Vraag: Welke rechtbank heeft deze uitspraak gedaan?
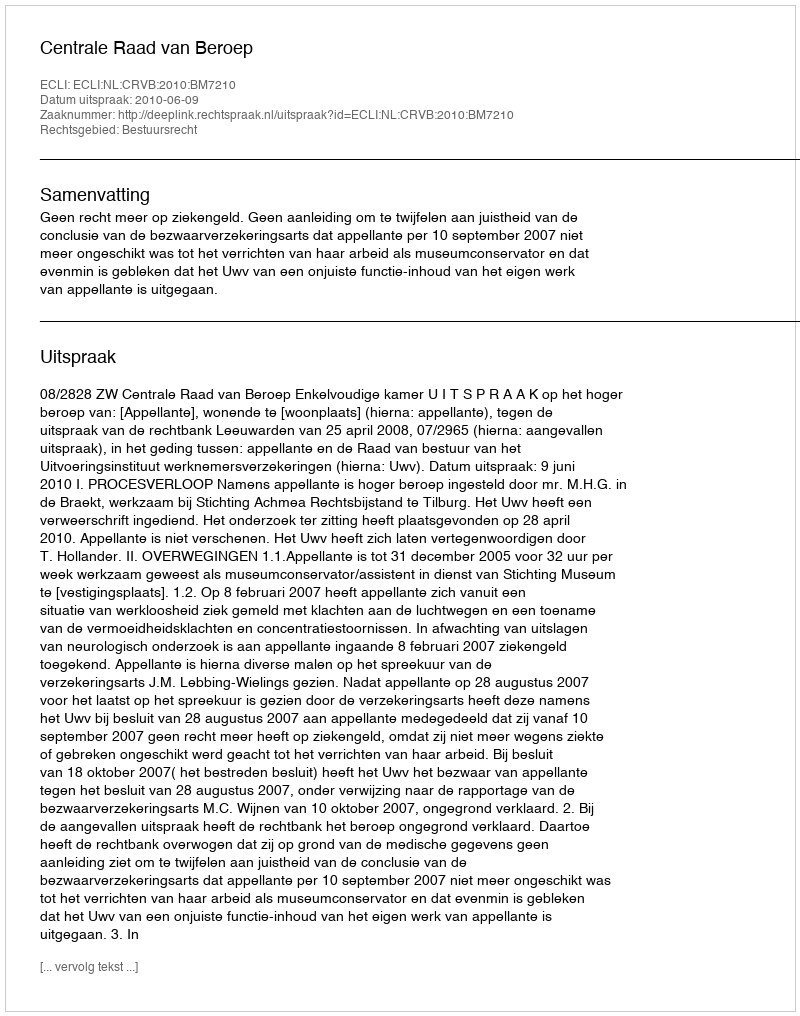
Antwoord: Centrale Raad van Beroep